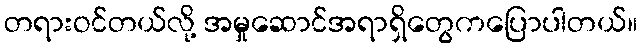
တရားဝင်တယ်လို့ အမှုဆောင်အရာရှိတွေကပြောပါတယ်။